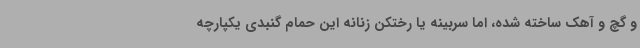
و گچ و آهک ساخته شده، اما سربینه یا رختکن زنانه این حمام گنبدی یکپارچه